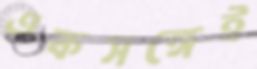
একসঙ্গেই